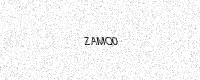
Text: ZAMQ0